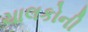
ચાલકોની